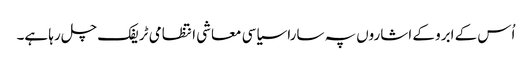
اُس کے ابرو کے اشاروں پہ سارا سیاسی معاشی انتظامی ٹریفک چل رہا ہے۔